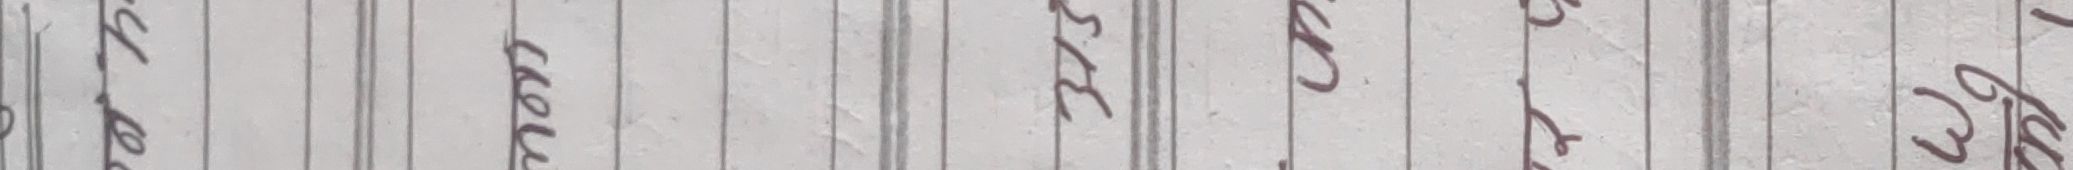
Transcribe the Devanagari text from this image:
कर भएन।